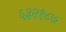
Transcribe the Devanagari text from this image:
६३२१८७